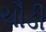
ચૌડી